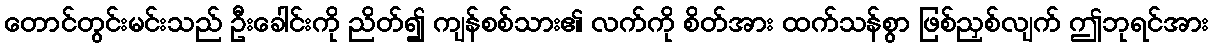
တောင်တွင်းမင်းသည် ဦးခေါင်းကို ညိတ်၍ ကျန်စစ်သား၏ လက်ကို စိတ်အား ထက်သန်စွာ ဖြစ်ညှစ်လျက် ဤဘုရင်အား